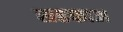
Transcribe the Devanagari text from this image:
सहकाअ